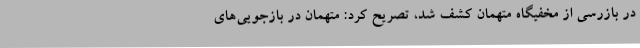
در بازرسی از مخفیگاه متهمان کشف شد، تصریح کرد: متهمان در بازجویی‌های